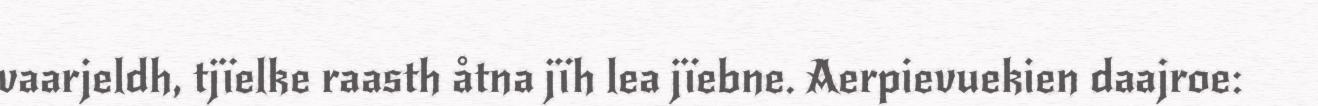
vaarjeldh, tjïelke raasth åtna jïh lea jïebne. Aerpievuekien daajroe: